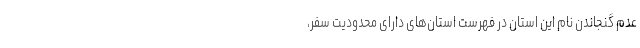
عدم گنجاندن نام این استان در فهرست استان‌های دارای محدودیت سفر، ‌